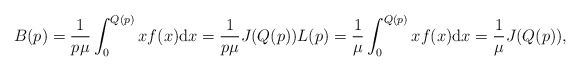
\begin{align*}B(p)=\frac{1}{p\mu}\int_{0}^{Q(p)}xf(x) \mathrm{d}x=\frac{1}{p\mu}J(Q(p))L(p)=\frac{1}{\mu}\int_{0}^{Q(p)}xf(x) \mathrm{d}x=\frac{1}{\mu}J(Q(p)),\end{align*}